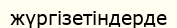
жүргізетіндерде